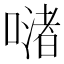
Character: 𠹲